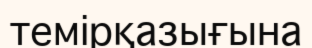
темірқазығына